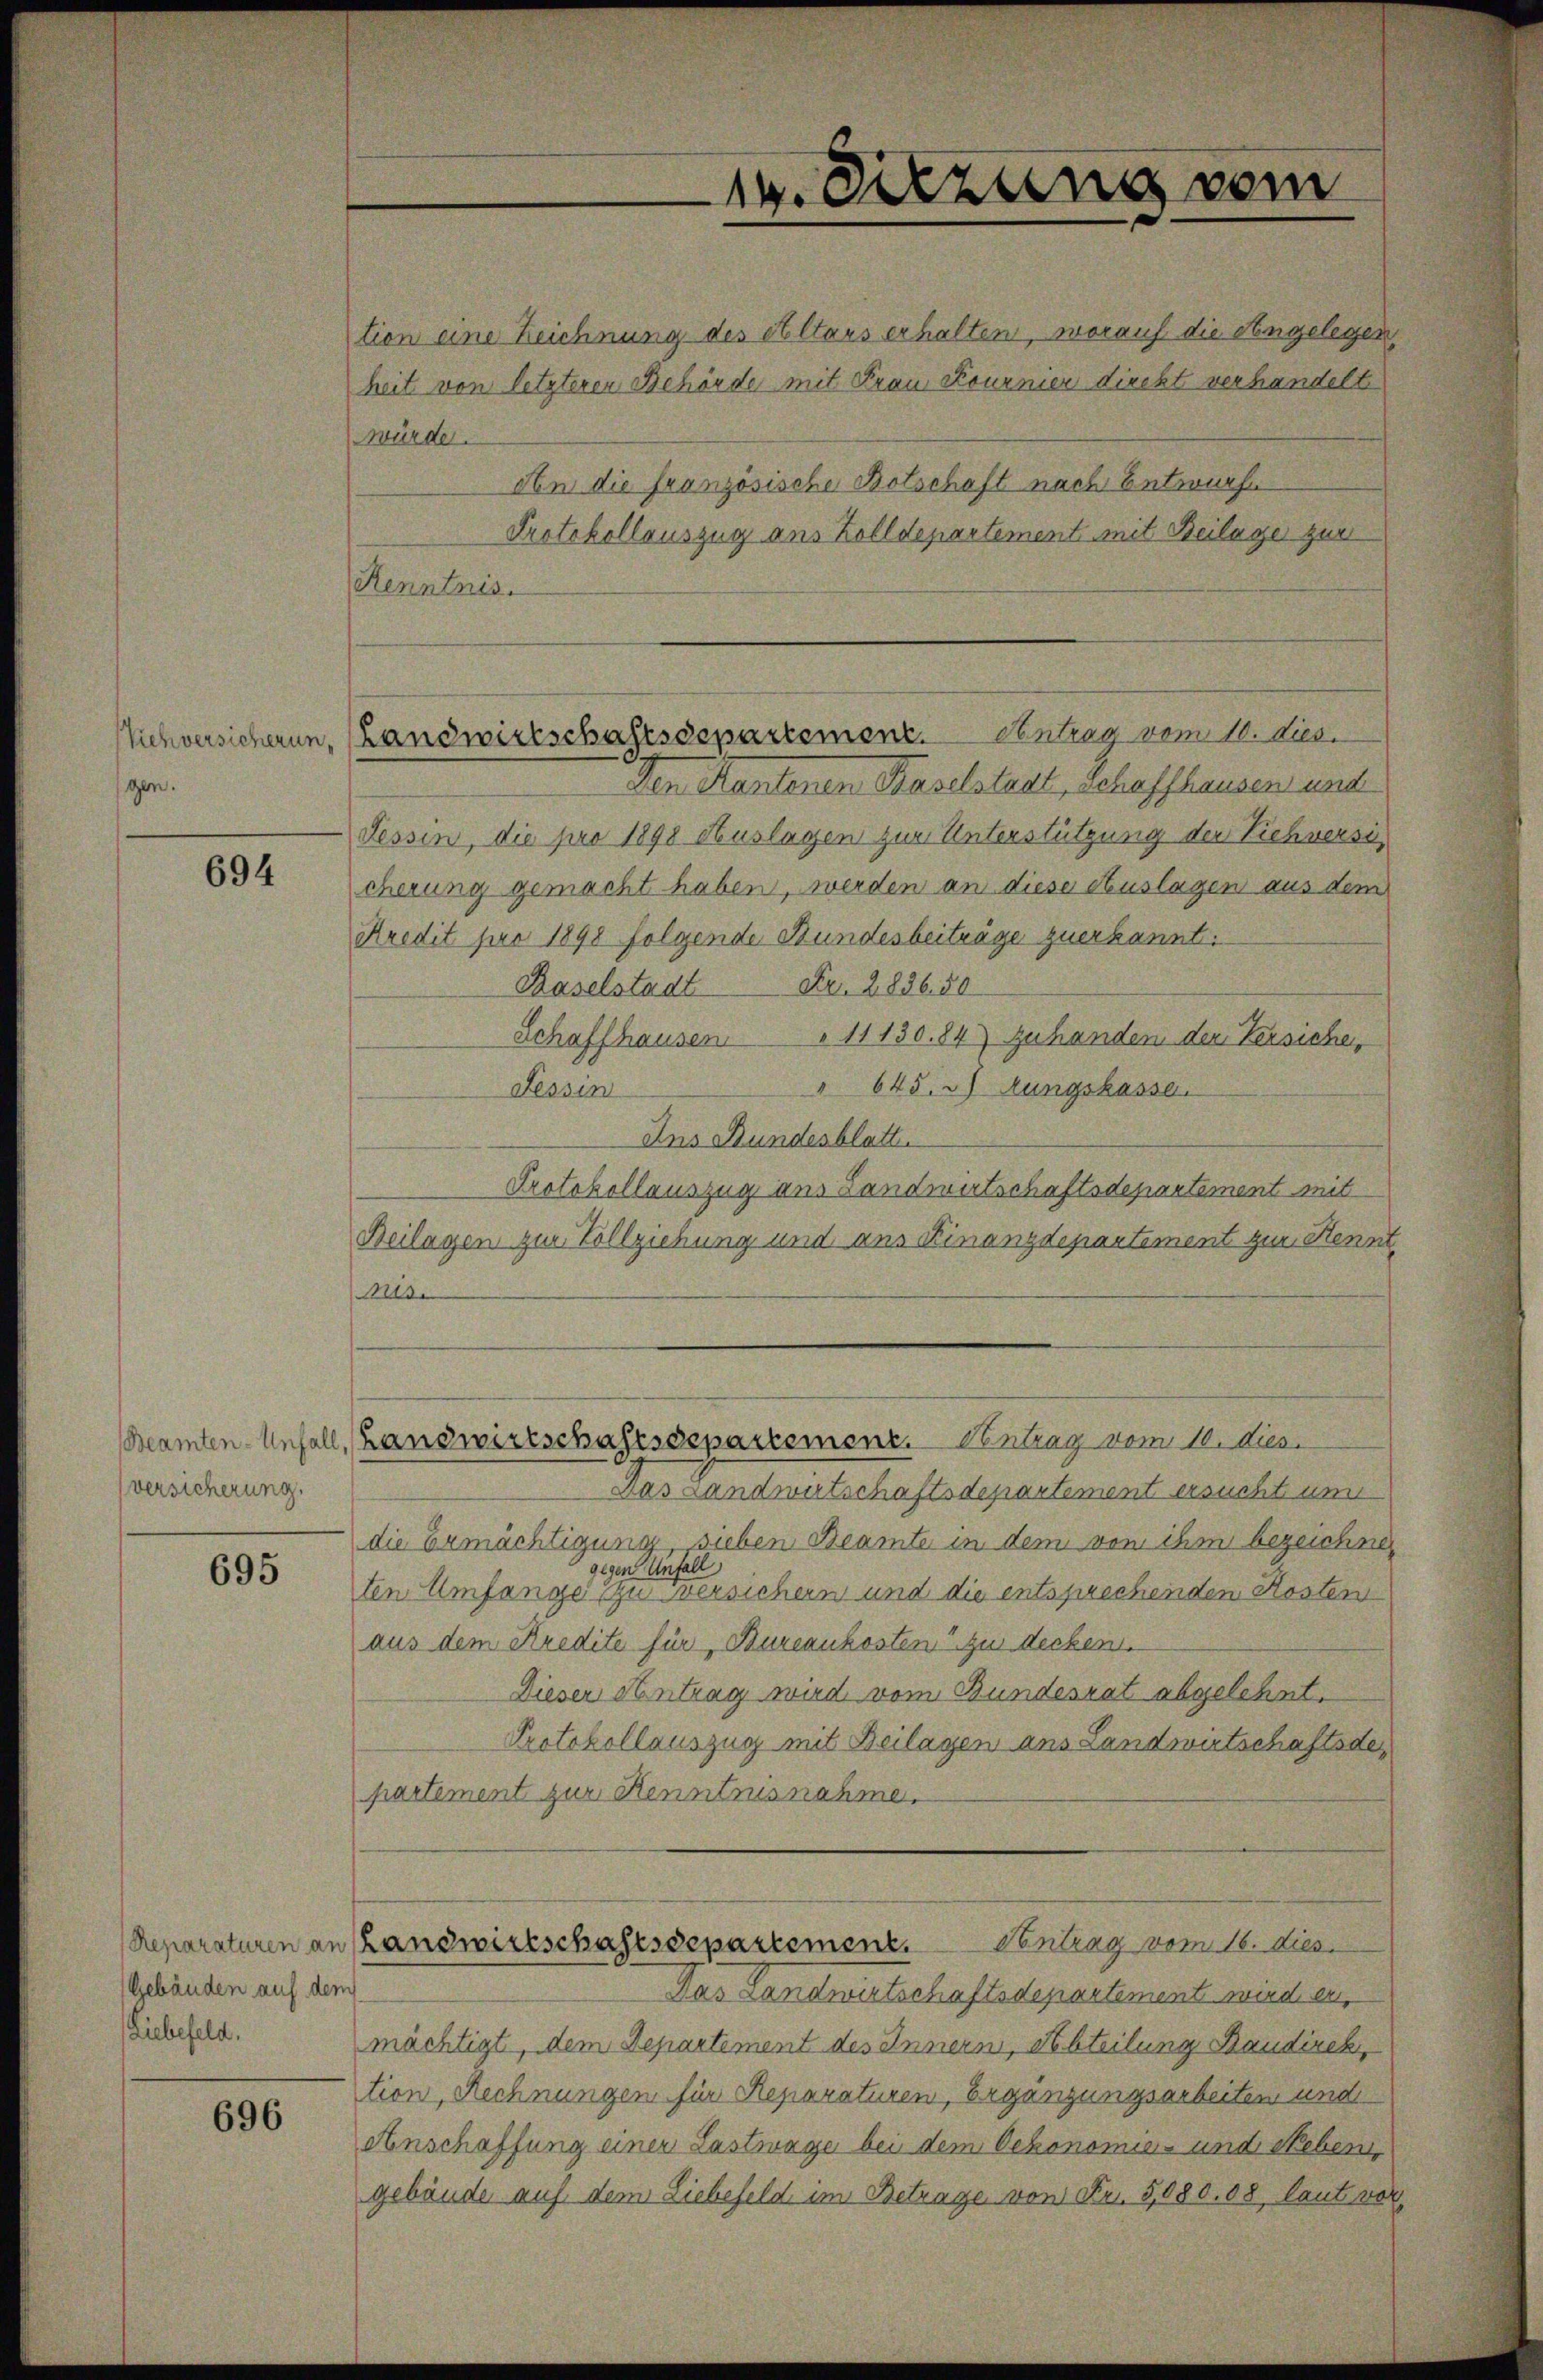
gen.

694

versicherung.

695

Gebäuden auf dem
Liebefeld.

696

14. Sitzung vom

ichversicheren, (Landwirtschaftsdepartement. Centrag vom 10. dies

heit von letzteren Behörde mit Frau Kournier direkt verhandelt
würde.
An die französische Botschaft nach Entwurfe
Renntnis.
Den Kantonen Baselstadt, schaffhausen und
Tessin, die pro 1898 Auslagen zur Unterstützung der Viehversicherung gemacht haben, werden an diese Auslagen aus dem
Kredit pro 1898 folgende Bundesbeiträge zuerkannt.
Baselstadt Fr. 2836. 50
Schaffhausen 11150. 84) zuhanden der Versiche,
645. 3) rungskasse.
Tessin
Ins Bundesblatt.
Protokollauszug aus Landwirtschaftsdepartement mit
Beilagen zur Vollziehung und aus Kinanzdepartement zur Kennt
Mise
Beamten-Unfall, (Landwirtschaftsdepartement. Centrag vom 10. dies
Das Landwirtschaftsdepartement ersucht nun
die Ermächtigung, sieben Beamte in dem von ihm bezeichnen
gegen Unfall
ten Umfange zu versichern und die entsprechenden Kosten
aus dem Kredite für Bureaukosten zu decken.
Dieser Antrag wird vom Bundesrat abgelehnt.
Protokollauszug mit Beilagen ans Landwirtschaftsdepartement zur Kenntnisnahme.
Contrag vom 16. dies
Reparaturen an Landwirtschaftsdepartement.
Das Landwirtschaftsdepartement wird er
mächtigt, dem Departement des Innern, Abteilung Baudirek,
tion, Rechnungen für Reparaturen, Ergänzungsarbeiten und
Anschaffung einer Lastwage bei dem Oekonomie- und Neben,
gebäude auf dem Liebefeld im Betrage von Fr. 5,080.08, laut vor

tion eine Zeichnung des cultars erhalten, worauf die Angelegen,
Protokollauszug aus Zolldepartement mit Beilager zur